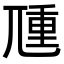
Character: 𡰁